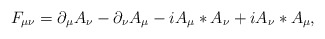
\begin{align*}F_{\mu \nu} = \partial_{\mu} A_{\nu} - \partial_{\nu} A_{\mu} - i A_{\mu} \ast A_{\nu} + i A_{\nu} \ast A_{\mu},\end{align*}